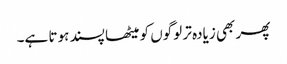
پھر بھی زیادہ تر لوگوں کو میٹھا پسند ہوتا ہے۔